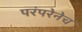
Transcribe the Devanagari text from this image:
परंपरेनेच